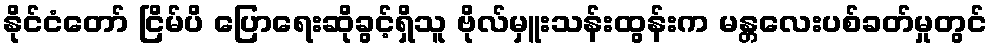
နိုင်ငံတော် ငြိမ်ပိ ပြောရေးဆိုခွင့်ရှိသူ ဗိုလ်မှူးသန်းထွန်းက မန္တလေးပစ်ခတ်မှုတွင်